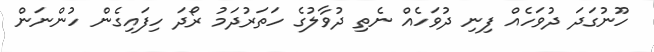
ހޫނުގަދަ ދުވަހެއް ފިނި ދުވަހެއް ނެތި ދުވާލުގެ ހަތަރުދަމު ރޯދަ ހިފައިގެން ހުންނަން